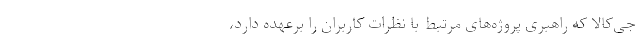
جی‌کالا که راهبری پروژه‌های مرتبط با نظرات کاربران را برعهده دارد،